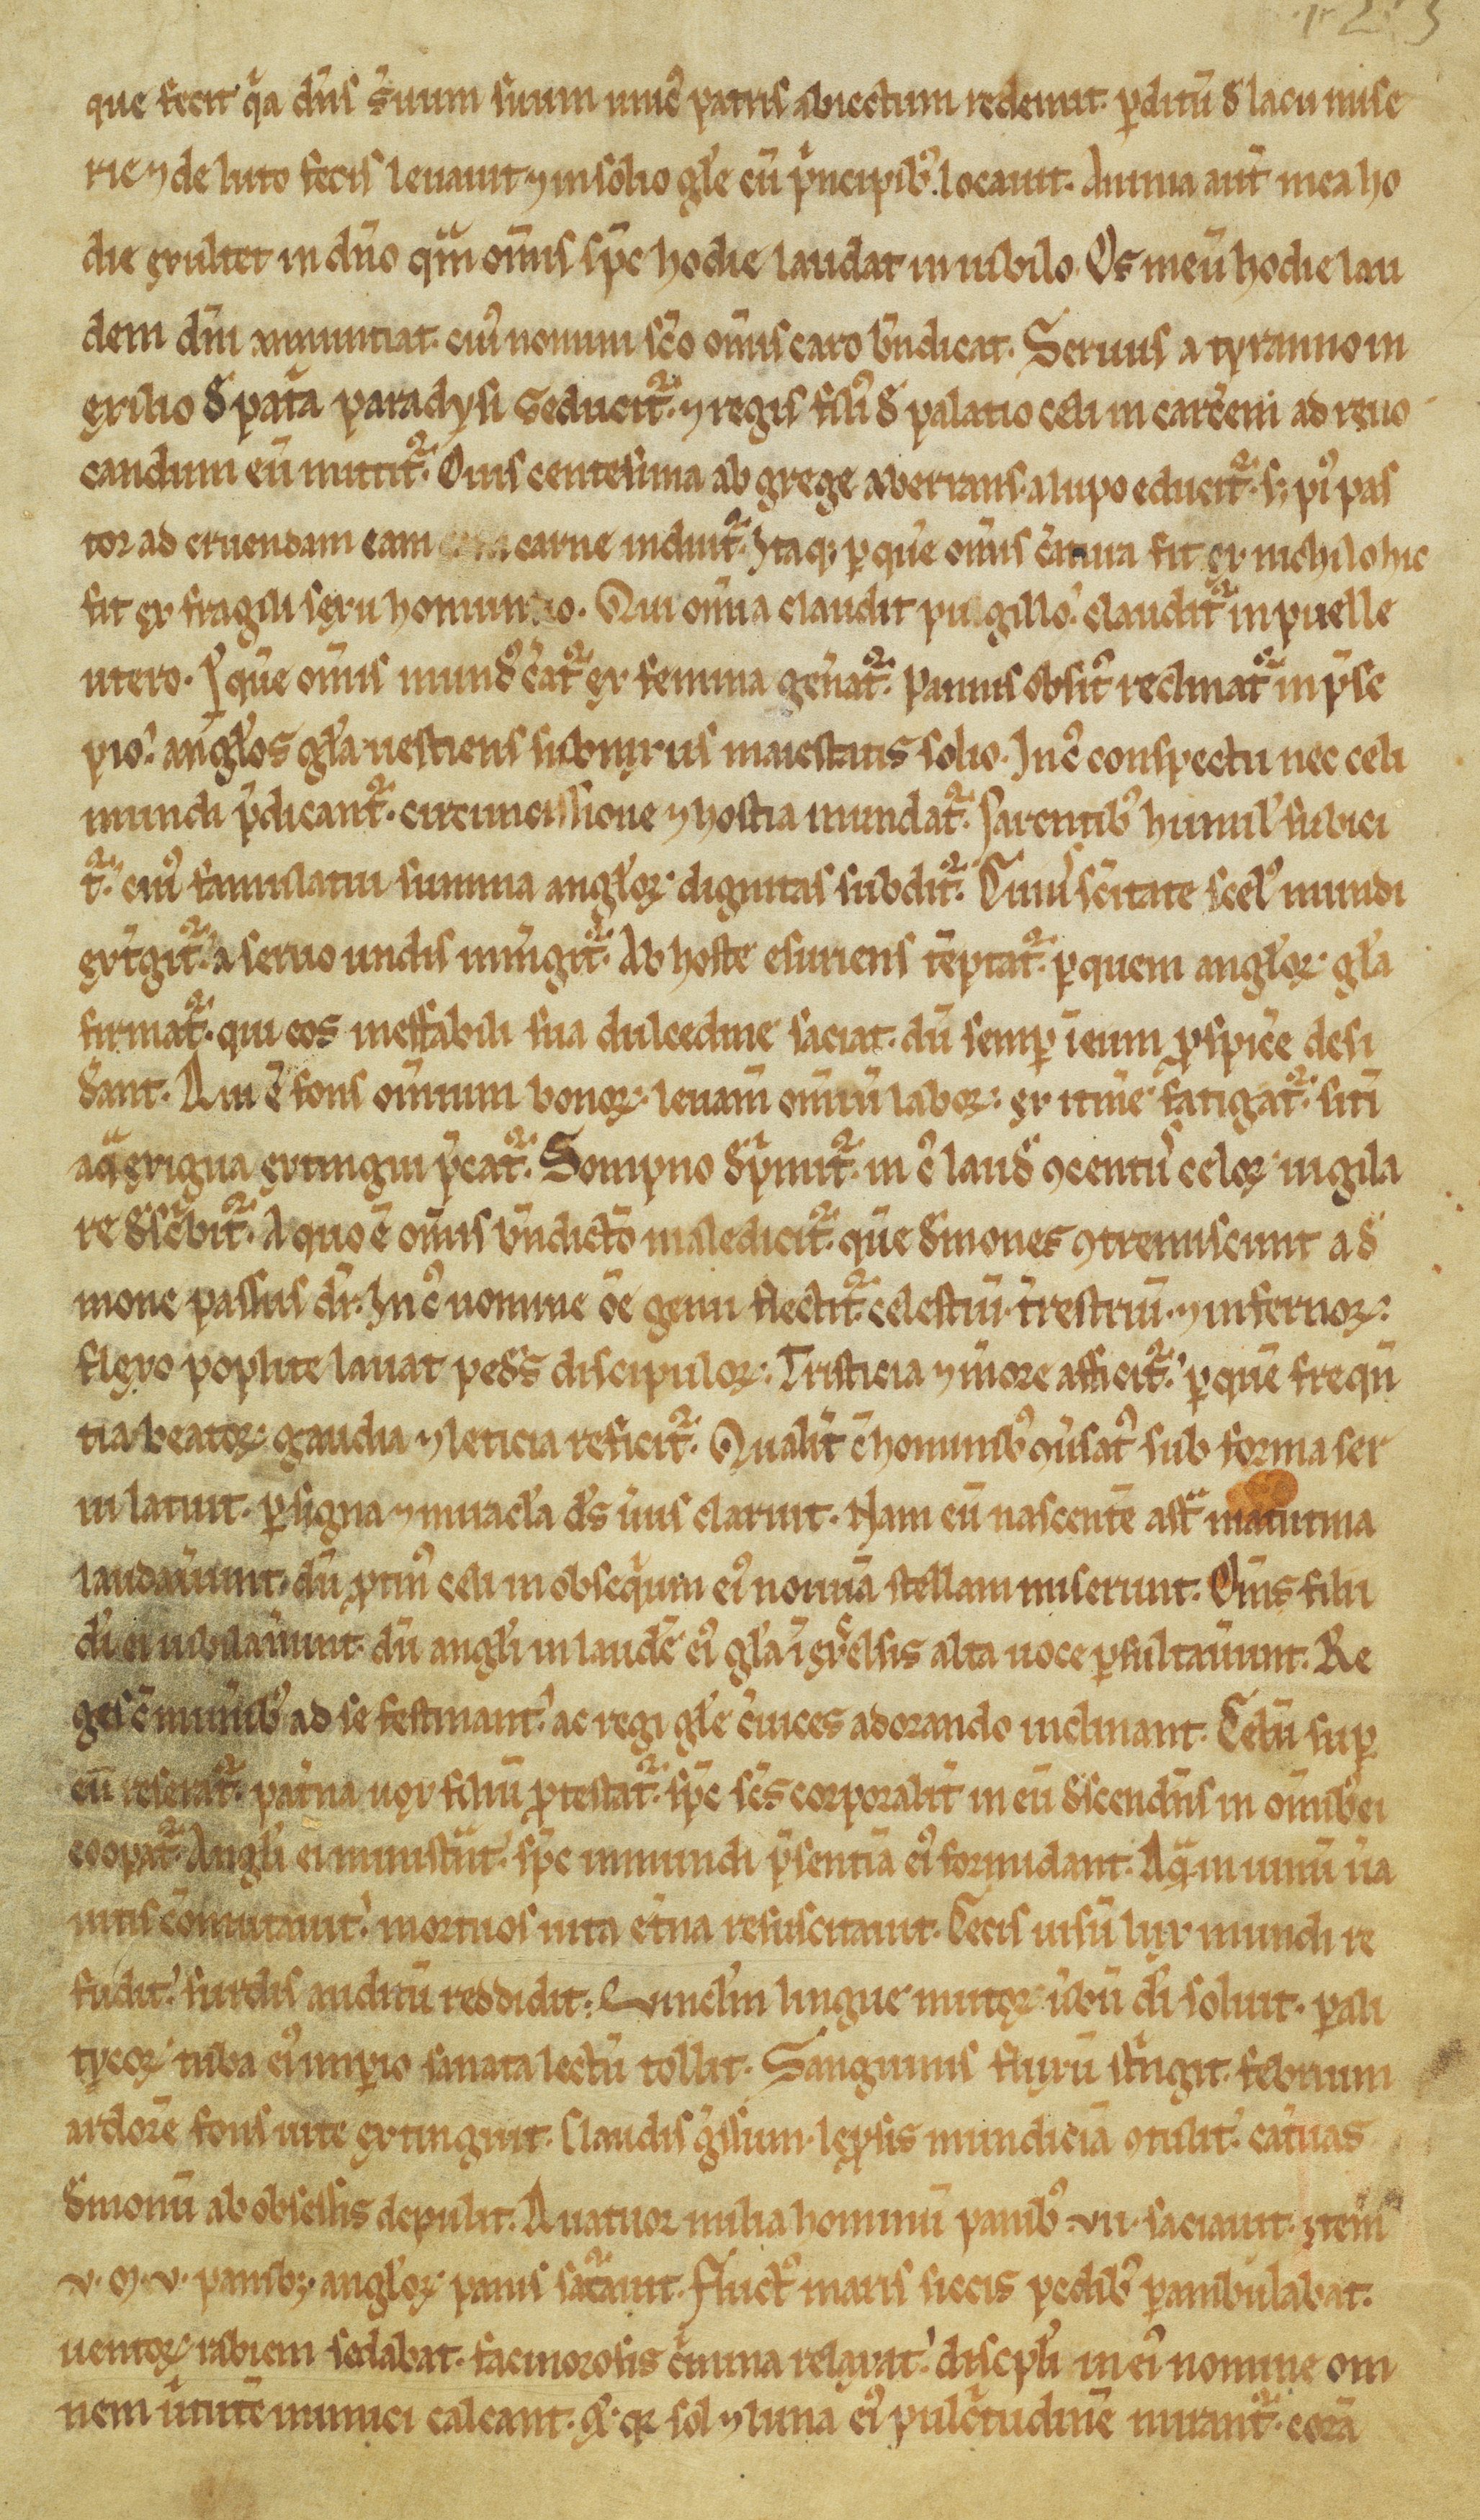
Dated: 1100–1299